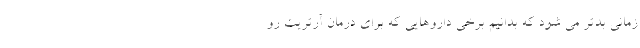
زمانی بدتر می شود که بدانیم برخی داروهایی که برای درمان آرتریت رو